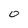
Character: 0